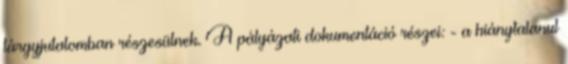
tárgyjutalomban részesülnek. A pályázati dokumentáció részei: - a hiánytalanul